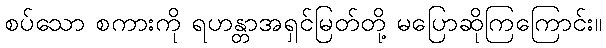
စပ်သော စကားကို ရဟန္တာအရှင်မြတ်တို့ မပြောဆိုကြကြောင်း။